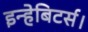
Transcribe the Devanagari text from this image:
इन्हेबिटर्स।